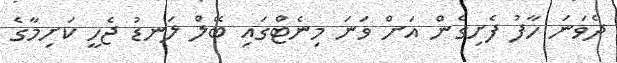
ދެވަނަ ހާފު ފެށިގެން އަށް ވަނަ މިނެޓްގައި ބޭލް ލަނޑު ޖެހީ ކަށިމާގެ